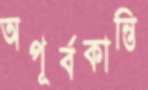
অপূর্বকান্তি